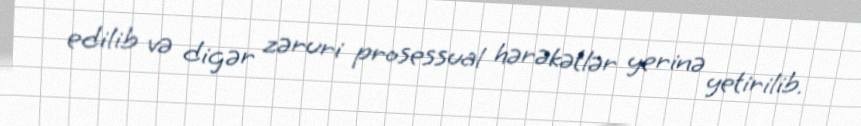
edilib və digər zəruri prosessual hərəkətlər yerinə yetirilib.